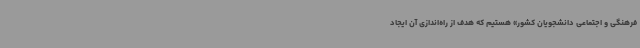
فرهنگی و اجتماعی دانشجویان کشور» هستیم که هدف از راه‌اندازی آن ایجاد